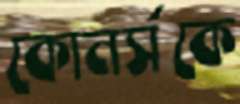
কোনর্সকে